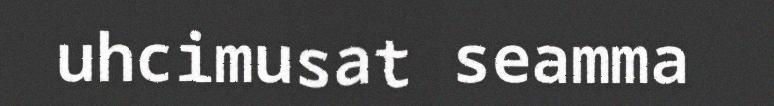
uhcimusat seamma